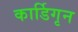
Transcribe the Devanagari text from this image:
कार्डिगृन